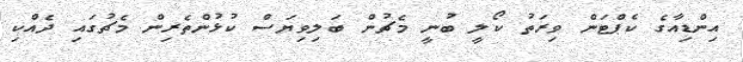
އިންޑިއާގެ ކެޕްޓަން ވިރަތު ކޯލީ ބުނީ މެޗުން ބަލިވިޔަސް ކުޅުންތެރިން މެޗުގައި ދެއްކި